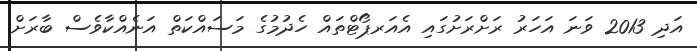
އަދި 2013 ވަނަ އަހަރު ރަށްރަށުގައި އެއަރޕޯޓްތައް ހެދުމުގެ މަސައްކަތް އަނެއްކާވެސް ބާރަށް